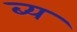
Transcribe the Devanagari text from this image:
ब्य